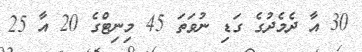
30 އާ ދެމެދުގެ ގަޑި ނުވަތަ 45 މިނިޓްގެ 20 އާ 25